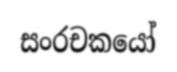
සංරචකයෝ